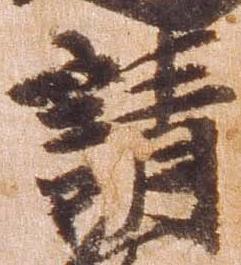
請